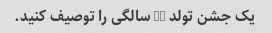
یک جشن تولد 50 سالگی را توصیف کنید.